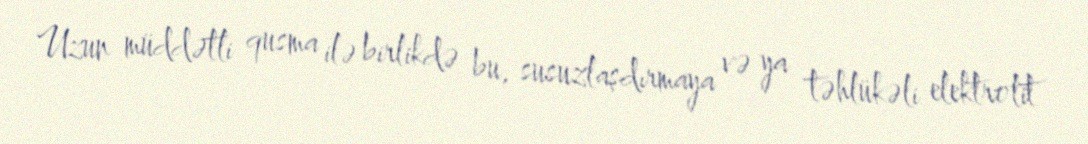
Uzun müddətli qusma ilə birlikdə bu, susuzlaşdırmaya və ya təhlükəli elektrolit